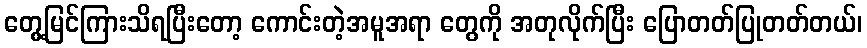
တွေ့မြင်ကြားသိရပြီးတော့ ကောင်းတဲ့အမူအရာ တွေကို အတုလိုက်ပြီး ပြောတတ်ပြုတတ်တယ်၊